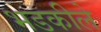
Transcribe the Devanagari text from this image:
भडकीले